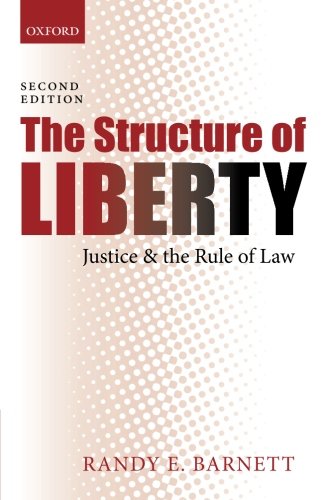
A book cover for The Structure of Liberty: Justice and the Rule of Law; Randy E. Barnett; Law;